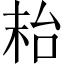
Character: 𱒮